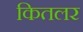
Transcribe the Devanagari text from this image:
कितलर